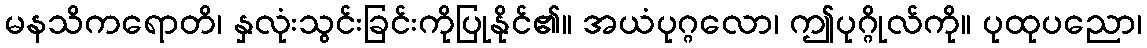
မနသိကရောတိ၊ နှလုံးသွင်းခြင်းကိုပြုနိုင်၏။ အယံပုဂ္ဂလော၊ ဤပုဂ္ဂိုလ်ကို။ ပုထုပညော၊